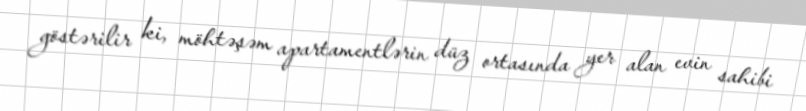
göstərilir ki, möhtəşəm apartamentlərin düz ortasında yer alan evin sahibi